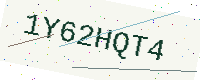
Text: 1Y62HQT4